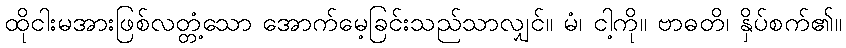
ထိုငါးမအားဖြစ်လတ္တံ့သော အောက်မေ့ခြင်းသည်သာလျှင်။ မံ၊ ငါ့ကို။ ဗာဓတိ၊ နှိပ်စက်၏။